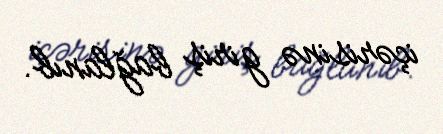
içərisinə giriş bağlanıb.